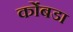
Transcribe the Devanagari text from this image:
कोंंबडा